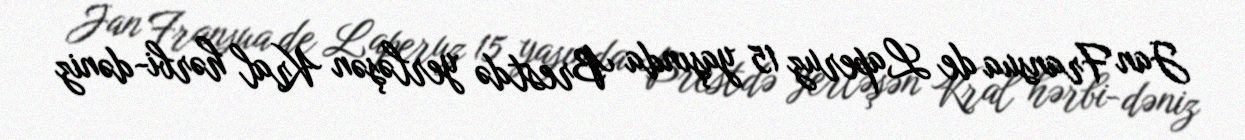
Jan Fransua de Laperuz 15 yaşında Brestdə yerləşən Kral hərbi-dəniz